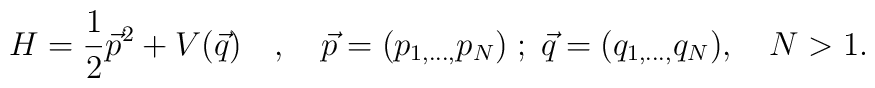
H=\frac{1}{2}\vec{p}^{2}+V(\vec{q})\quad,\quad\vec{p}=(p_{1,\ldots,}p_{N})\;;\;\vec{q}=(q_{1,\ldots ,}q_{N}), \quad N>1.